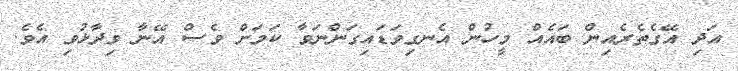
އަދި އޭގެތެރެއިން ބައެއް މީހުން އެނގިވަޑައިގަންނަވާ ކަމަށް ވެސް އޭނާ ވިދާޅުވި އެވެ.